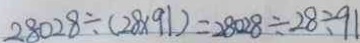
2 8 0 2 8 \div ( 2 8 \times 9 1 ) = 2 8 0 2 8 \div 2 8 \div 9 1